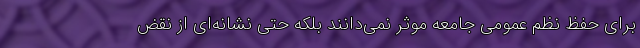
برای حفظ نظم عمومی جامعه موثر نمی‌دانند بلکه حتی نشانه‌ای از نقض